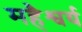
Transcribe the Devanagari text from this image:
महैश्वर्य